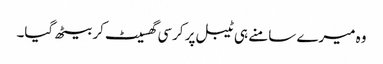
وہ میرے سامنے ہی ٹیبل پر کرسی گھسیٹ کر بیٹھ گیا۔